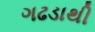
ગઢડાથી